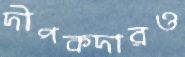
দীপকদারও